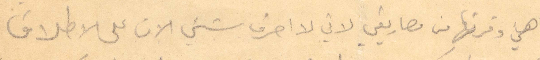
هي وفرتها من مصاريفي لاني لا احرف بشيء الان على الاطلاق